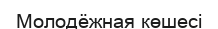
Молодёжная көшесі